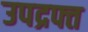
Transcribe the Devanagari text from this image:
उपद्रफ्त